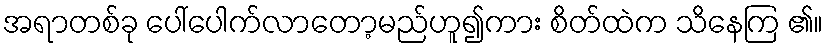
အရာတစ်ခု ပေါ်ပေါက်လာတော့မည်ဟူ၍ကား စိတ်ထဲက သိနေကြ ၏။